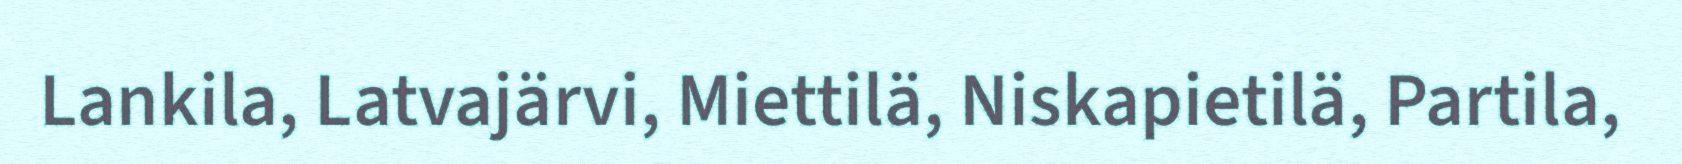
Lankila, Latvajärvi, Miettilä, Niskapietilä, Partila,